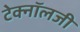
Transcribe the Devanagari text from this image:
टेक्‍नॉलजी